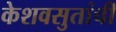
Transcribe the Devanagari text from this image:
केशवसुतांची